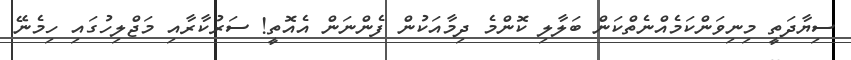
ސިޔާދަތީ މިނިވަންކަމެއްނެތްކަން ބަލާލި ކޮންމެ ދިމާއަކުން ފެންނަން އެއޮތީ! ސަރުކާރާއި މަޖްލިހުގައި ހިމެނޭ